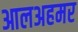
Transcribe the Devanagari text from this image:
आलअहमर